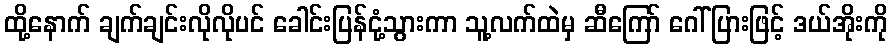
ထို့နောက် ချက်ချင်းလိုလိုပင် ခေါင်းပြန်ငုံ့သွားကာ သူ့လက်ထဲမှ ဆီကြော် ဂေါ်ပြားဖြင့် ဒယ်အိုးကို